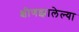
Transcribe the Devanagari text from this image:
क्षीणझालेल्या